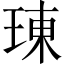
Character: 𤦪